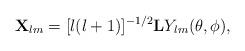
LaTeX: \begin{align*}{\bf X}_{lm}=[l(l+1)]^{-1/2}{\bf L}Y_{lm}(\theta,\phi),\end{align*}